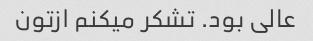
عالی بود. تشکر میکنم ازتون